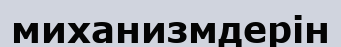
миханизмдерін